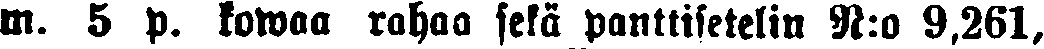
m. 5 p. kowaa rahaa selä pankkisetelin N:o 9,261,